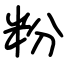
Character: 粉